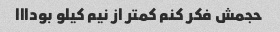
حجمش فکر کنم کمتر از نیم کیلو بودااا